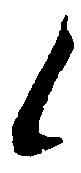
候